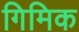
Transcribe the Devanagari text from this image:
गिमिक